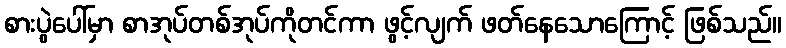
စားပွဲပေါ်မှာ စာအုပ်တစ်အုပ်ကိုတင်ကာ ဖွင့်လျက် ဖတ်နေသောကြောင့် ဖြစ်သည်။